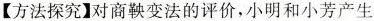
【方法探究】对商鞅变法的评价，小明和小芳产生